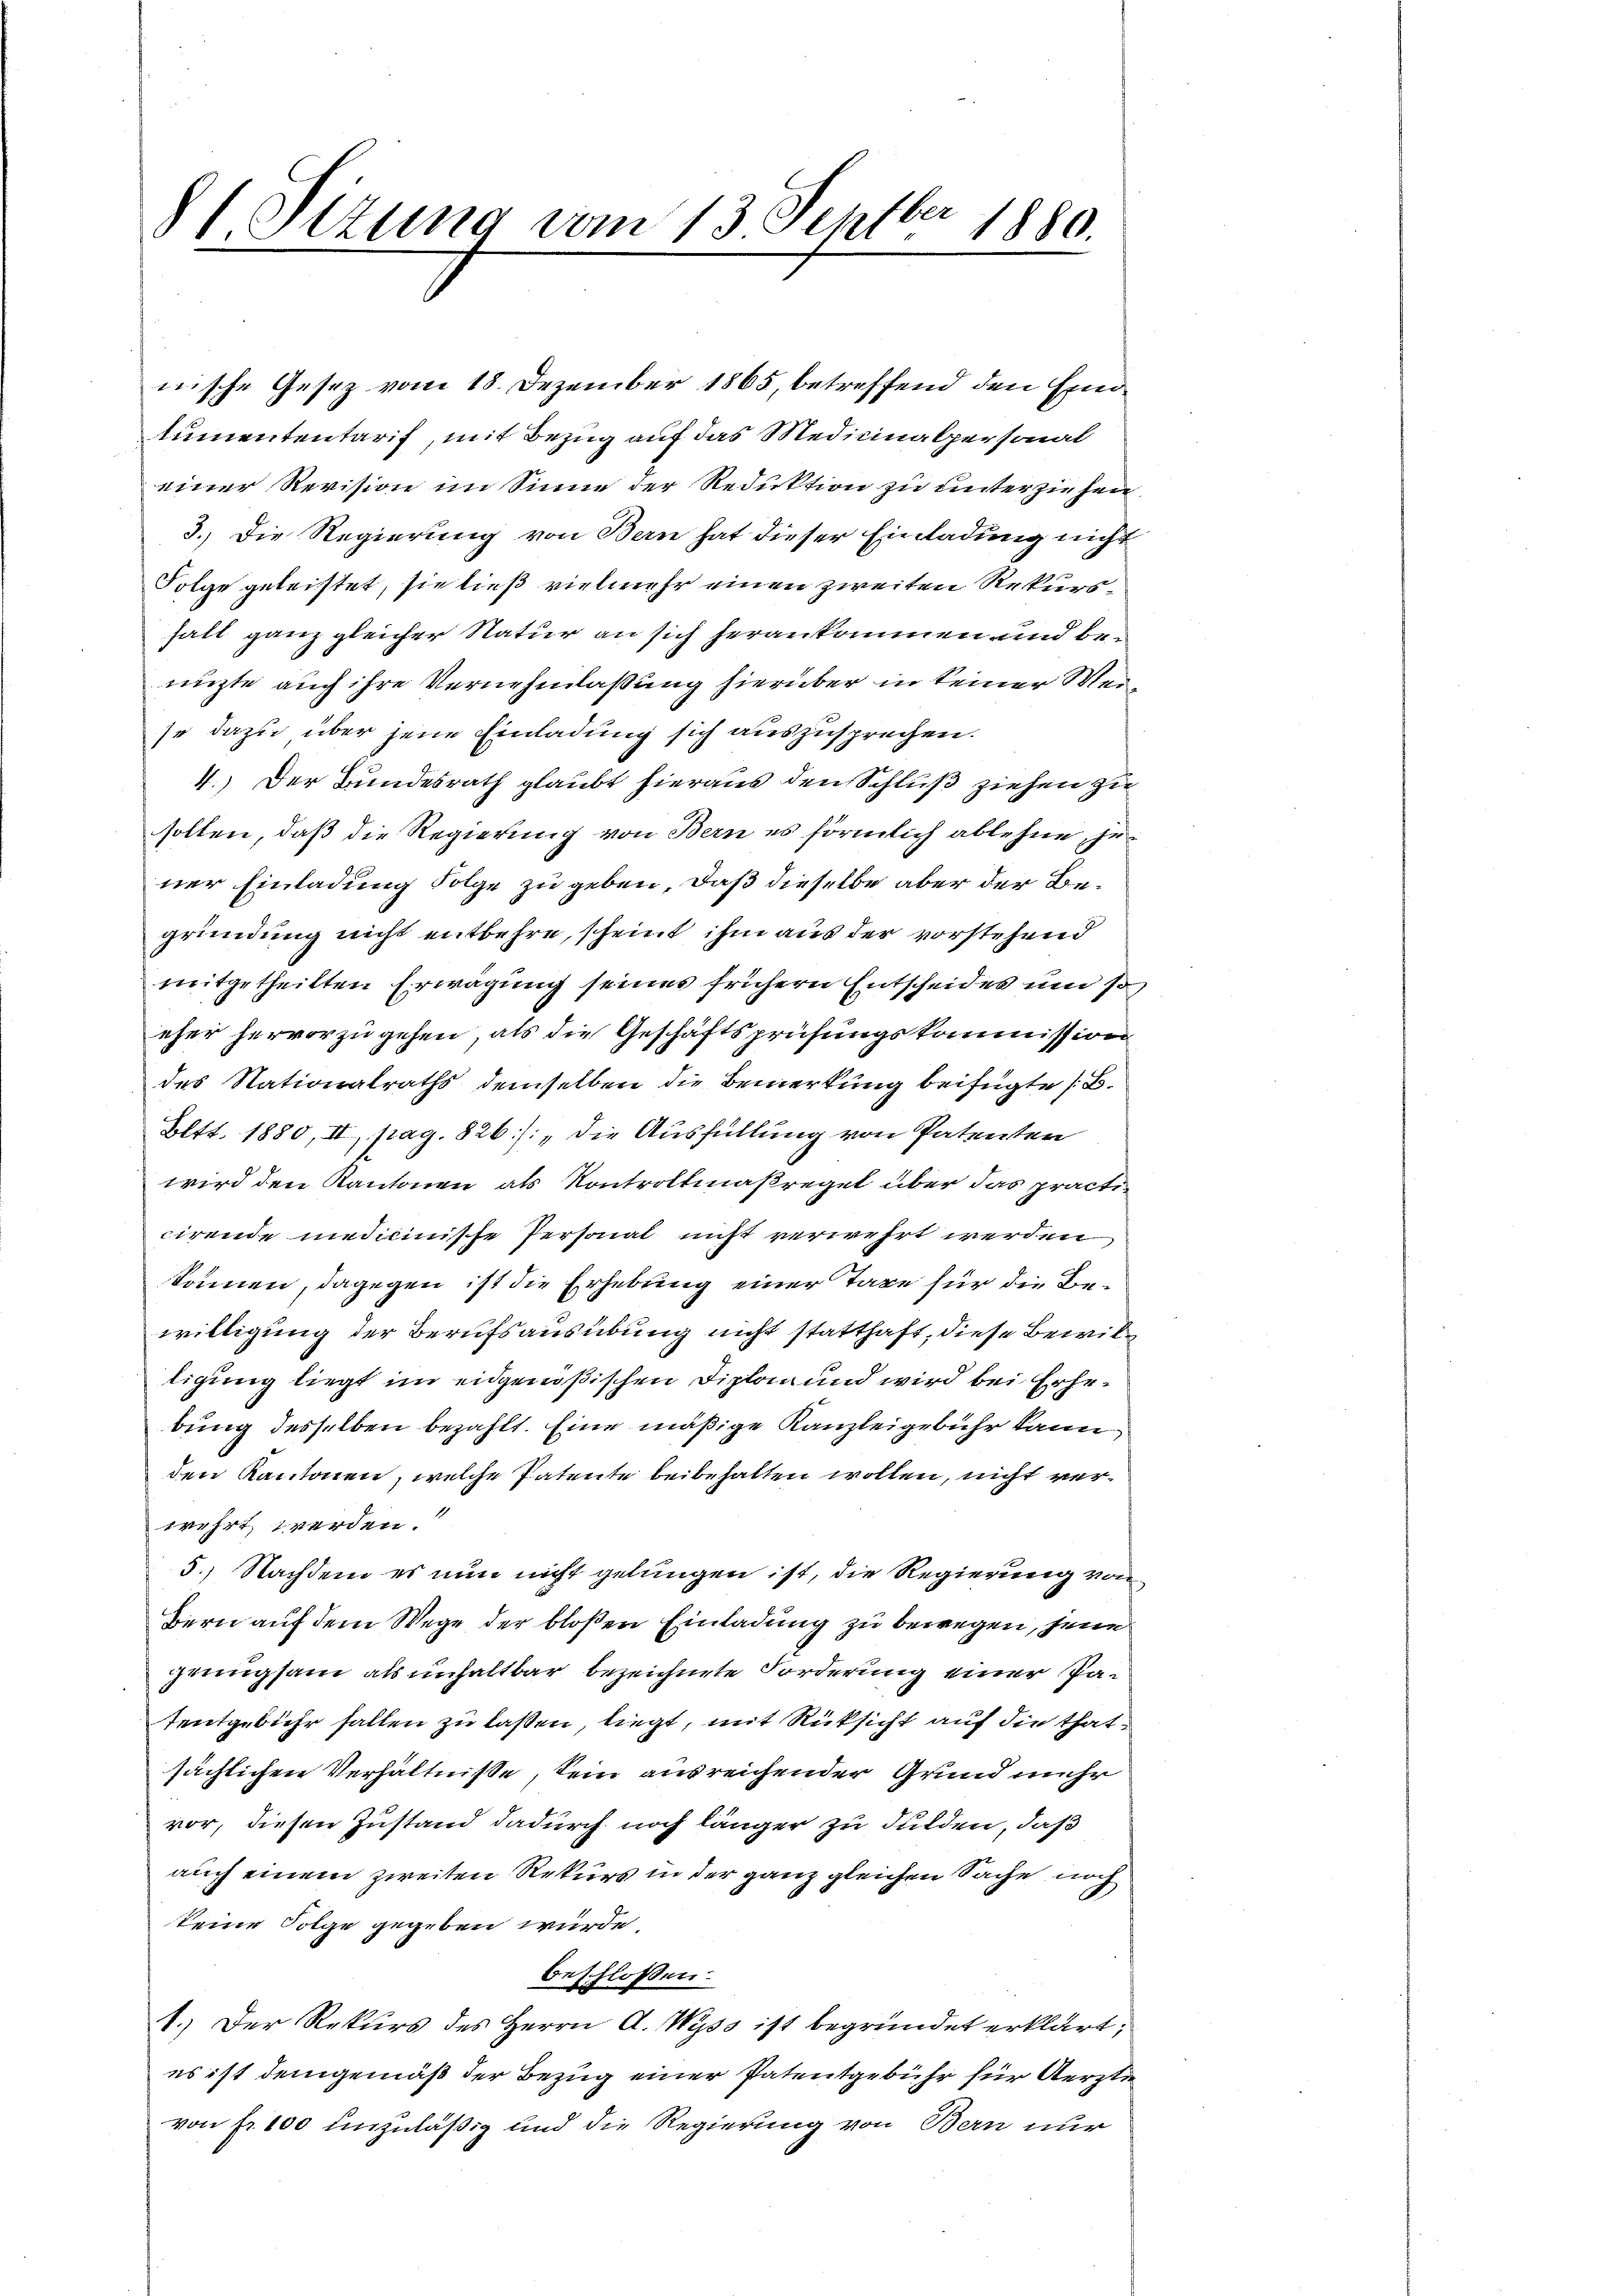
81 Sezung vom 13. Septbr 1880.

nische Gesez vom 18. Dezember 1865, betreffend den Einlumententarif, mit Bezug auf das Medicinalpersonal
einer Revision im Sinne der Reduktion zu unterziehen
3.) Die Regierung von Bern hat dieser Einladung nicht
Folge geleistet, sie ließ vielmehr einen zweiten Rekursfalt ganz gleicher Natur an sich herankommen und benüchte auch ihre Vernehmlassung hierüber in keiner Weiso dazu über jene Einladung sich auszusprechen.
4.) Der Bundesrath glaubt hieraus den Schluß ziehen zu
solten, daß die Regierung von Bern es förmlich ablehne, jener Einladung Folge zu geben, daß dieselbe aber der Begründung nicht entbehre, scheint ihm aus der vorstehend
mitgetheilten Erwägung seines frühern Entscheides um so
eher hervorzugehen, als die Geschäftsprüfungskommission
des Nationalraths demselben die Bemerkung beifügte / B.
Eltt. 1880, II, pag. 826]: „Die Ausfüllung von Patenten
wird den Kantonen als Kontroltmaßregel über das practicirende medicinische Personal nicht verwehrt werden,
kommen, dagegen ist die Erhebung einer Taxe für die Bewilligung der Berufsausübung nicht statthaft, diese Bewilligung liegt im eidgenößischen Diplan und wird bei Erhebung desselben bezahlt. Eine mäßige Kanzleigebühr kann
den Kantonen, welche Patente beibehalten wollen, nicht verwehrt werden.
5.) Nachdem es nun nicht gelungen ist, die Regierung von
Bern auf dem Wege der bloßen Einladung zu bewegen, jene
genugsam als unhaltbar bezeichnete Forderung einer Patentgebühr fallen zu laßen, liegt, mit Rücksicht auf die Thatsächlichen Verhältnisse, sein ausreichender Grund mehr
vor, diesen Zustand dadurch noch länger zu dulden, daß
auch einem zweiten Rekurs in der ganz gleichen Sache noch
keine Folge gegeben würde.
beschlossen:
1.) Der Rekurs des Herrn A. Wyss ist begründet erklärt,
es ist demgemäß der Bezug einer Patentgebühr für Aerzte
von fr. 100 unzuläßig und die Regierung von Bern nur